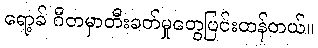
ရော့ခ် ဂီတမှာတီးခတ်မှုတွေပြင်းထန်တယ်။